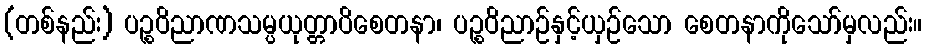
(တစ်နည်း) ပဉ္စဝိညာဏသမ္ပယုတ္တာပိစေတနာ၊ ပဉ္စဝိညာဉ်နှင့်ယှဉ်သော စေတနာကိုသော်မှလည်း။